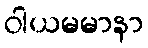
ဝါယမမာနာ